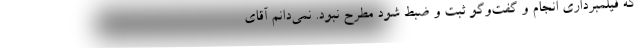
که فیلمبرداری انجام و گفت‌وگو ثبت و ضبط شود مطرح نبود. نمی‌دانم آقای